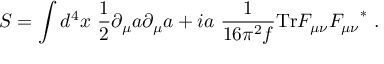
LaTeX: S = \int d ^ { 4 } x \ { \frac { 1 } { 2 } } \partial _ { \mu } a \partial _ { \mu } a + i a \ { \frac { 1 } { 1 6 \pi ^ { 2 } f } } \mathrm { T r } F _ { \mu \nu } { F _ { \mu \nu } } ^ { * } \ .